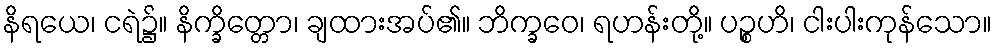
နိရယေ၊ ငရဲ၌။ နိက္ခိတ္တော၊ ချထားအပ်၏။ ဘိက္ခဝေ၊ ရဟန်းတို့။ ပဉ္စဟိ၊ ငါးပါးကုန်သော။